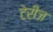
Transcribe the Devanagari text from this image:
टेरीज